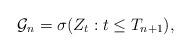
LaTeX: \begin{align*} \mathcal{ G}_n = \sigma( Z_t : t \leq T_{n+1}),\end{align*}